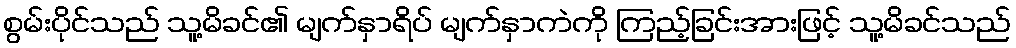
စွမ်းပိုင်သည် သူ့မိခင်၏ မျက်နှာရိပ် မျက်နှာကဲကို ကြည့်ခြင်းအားဖြင့် သူ့မိခင်သည်